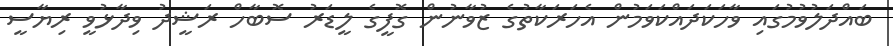
ބައްދަލުވުމުގައި ވާހަކަދައްކަވަމުން އެހަރަކާތުގެ ޒުވާނުން ގޮފީގެ ލީޑަރު ސޮބާހް ރަޝީދު ވިދާޅުވީ ރިޔާސީ